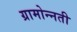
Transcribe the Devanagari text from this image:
ग्रामोन्नती